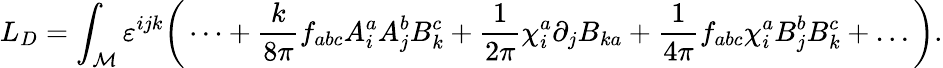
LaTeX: L_{D}=\int_{\cal M}\varepsilon^{ijk}\bigg(\dots+{\frac{k}{8\pi}}f_{abc}A_{i}^{a}A_{j}^{b}B_{k}^{c}+{\frac{1}{2\pi}}\chi_{i}^{a}\partial_{j}B_{ka}+{\frac{1}{4\pi}}f_{abc}\chi_{i}^{a}B_{j}^{b}B_{k}^{c}+\dots\bigg).